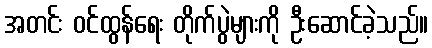
အတင်း ဝင်ထွန်ရေး တိုက်ပွဲများကို ဦးဆောင်ခဲ့သည်။